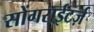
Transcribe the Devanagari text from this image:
सोंगराईटर्ज़